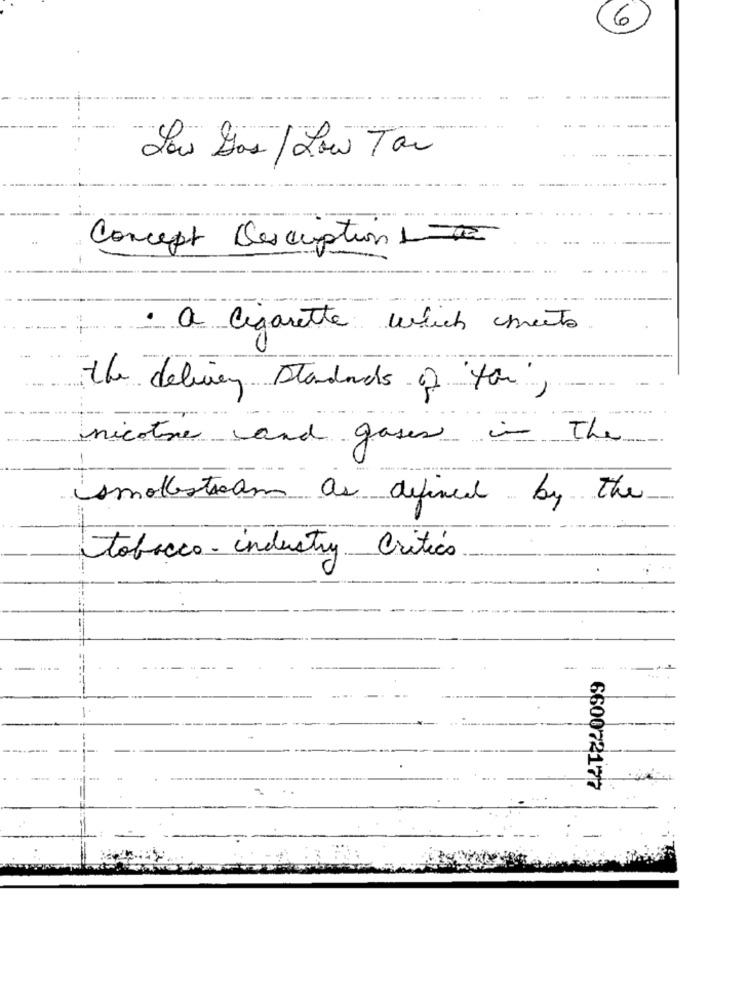
6
Las Dos / Low Tar
Concept Description 1
· a Cigarette which sheets
the delivery standards of the,
nicotine and gases in The
smokestream as defined by the
tobacco- industry Critico
660072177